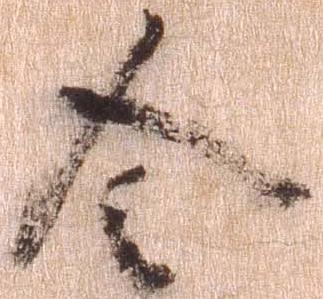
令